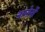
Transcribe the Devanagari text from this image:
नागोर्नो